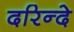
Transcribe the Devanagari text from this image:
दरिन्दे